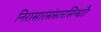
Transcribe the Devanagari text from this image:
निरासारसंसारसिन्धौ।